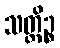
သတ္ထိဉ္စ